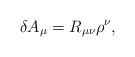
LaTeX: \begin{align*}\delta A_{\mu} = R_{\mu \nu}\rho^{\nu},\end{align*}